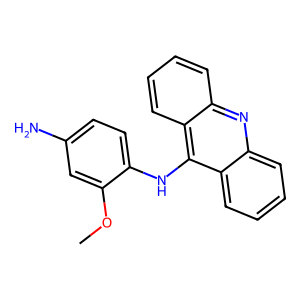
SMILES: COc1cc(N)ccc1Nc1c2ccccc2nc2ccccc12
Inhibits HIV replication: No